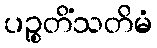
ပဉ္စတိံသတိမံ